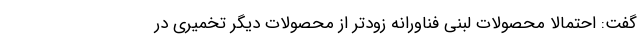
گفت: احتمالا محصولات لبنی فناورانه زودتر از محصولات دیگر تخمیری در